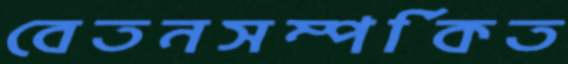
বেতনসম্পর্কিত